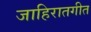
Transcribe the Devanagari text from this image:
जाहिरातगीत